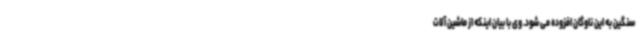
سنگین به این ناوگان افزوده می شود. وی با بیان اینکه از ماشین آلات